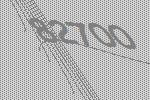
82700